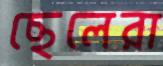
ছেলেরা